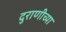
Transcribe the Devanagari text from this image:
दुराणीच्या